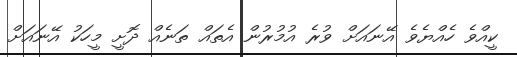
ކީއްވެ ހެއްޔެވެ އޭނައަށް ވުރެ އުމުރުން އެތައް ތަނެއް ދޮށީ މީހަކު އޭނައަށް